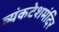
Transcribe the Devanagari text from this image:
व्यंकटेशमंदिर